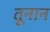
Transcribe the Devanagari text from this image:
तूनान